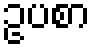
ဥပစာ